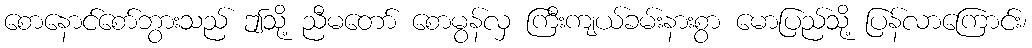
စောနောင်စော်ဘွားသည် ဤသို့ ညီမတော် စောမွန်လှ ကြီးကျယ်ခမ်းနားစွာ မောပြည်သို့ ပြန်လာကြောင်း၊